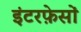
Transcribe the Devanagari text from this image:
इंटरफ़ेसों